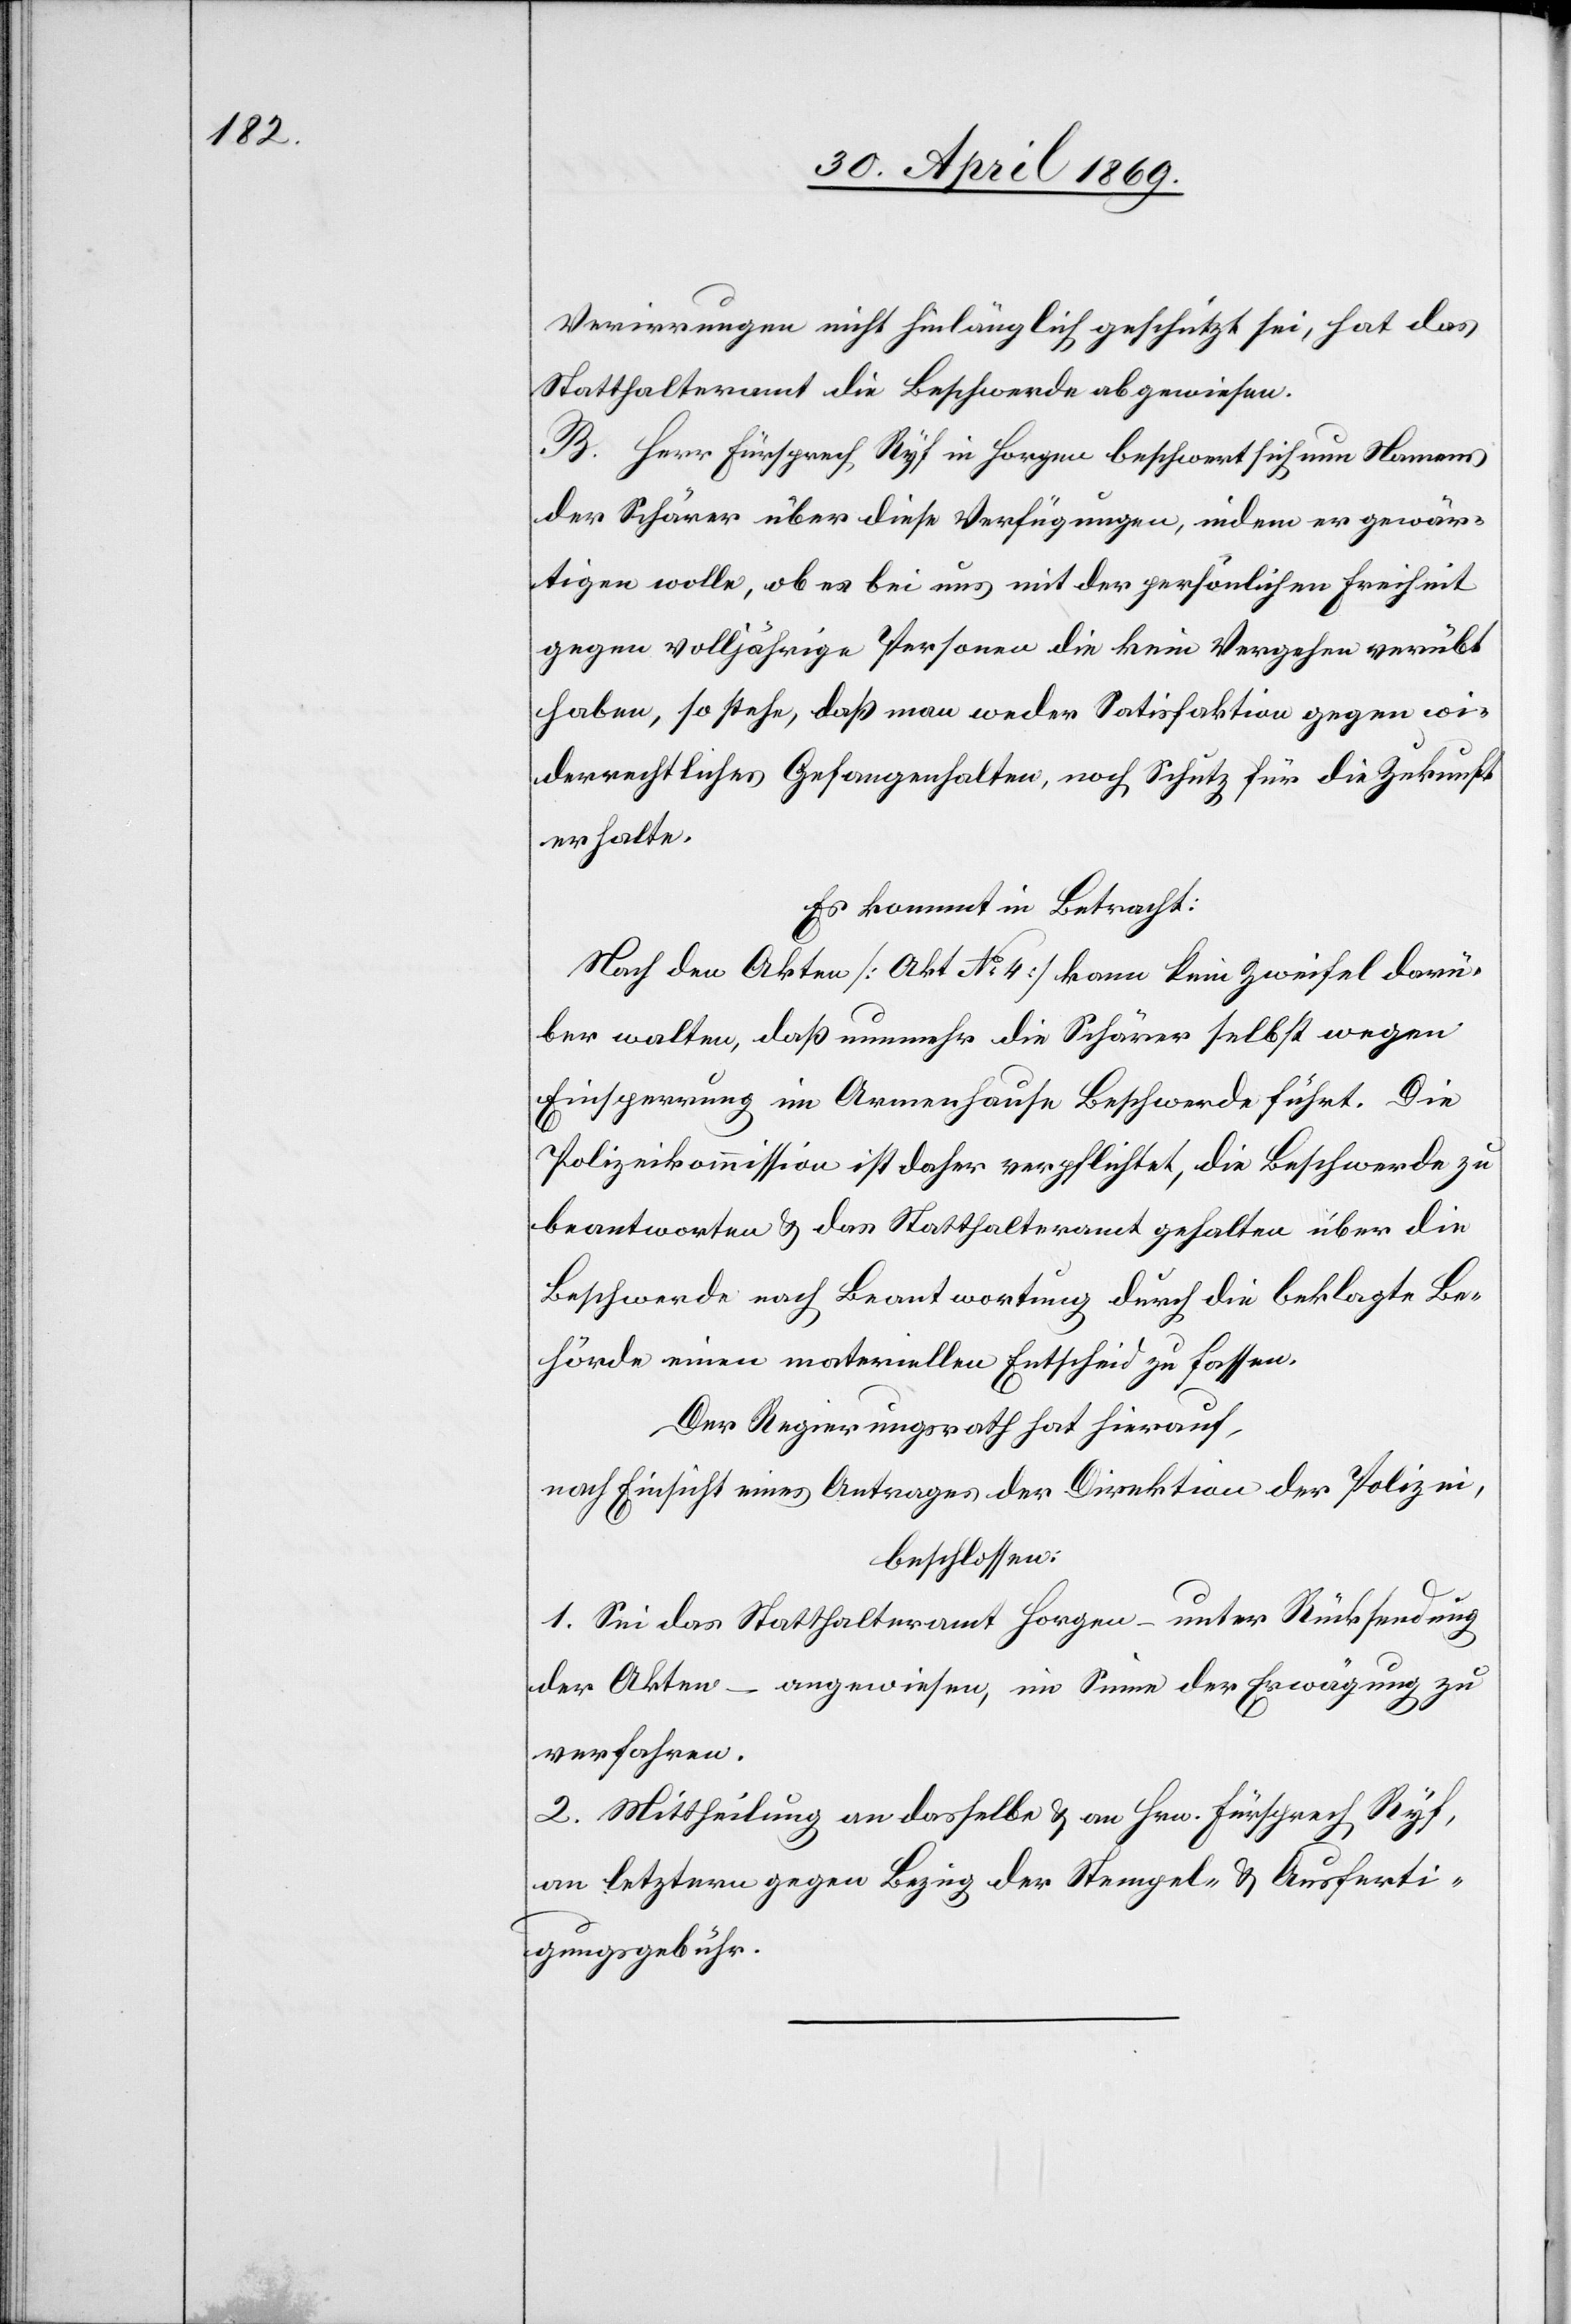
Verirrungen nicht hinlänglich geschützt sei, hat das
Statthalteramt die Beschwerde abgewiesen.
B. Herr Fürsprech Ryf in Horgen beschwert sich nun Namens
der Schärer über diese Verfügungen, indem er gewär¬
tigen wolle, ob es bei uns mit der persönlichen Freiheit
gegen volljährige Personen die keine Vergehen verübt
haben, so stehe, daß man weder Satisfaktion gegen wi¬
derrechtliches Gefangenhalten, noch Schutz für die Zukunft
erhalte.
Es kommt in Betracht:
Nach den Akten [Akt. 4] kann kein Zweifel darü¬
ber walten, daß nunmehr die Schärer selbst wegen
Einsperrung im Armenhause Beschwerde führt. Die
Polizeikommission ist daher verpflichtet, die Beschwerde zu
beantworten u. das Statthalteramt gehalten über die
Beschwerde nach Beantwortung durch die beklagte Be¬
hörde einen materiellen Entscheid zu fassen.
Der Regierungsrath hat hierauf,
nach Einsicht eines Antrages der Direktion der Polizei,
beschlossen:
1. Sei das Statthalteramt Horgen – unter Rücksendung
der Akten – angewiesen, im Sinne der Erwägung zu
verfahren.
2. Mittheilung an dasselbe u. an Hrn. Fürsprech Ryf,
an letztern gegen Bezug der Stempel- u. Ausferti¬
gungsgebühr.